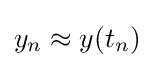
y_{n}\approx y(t_{n})